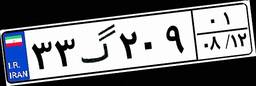
۳۳گ۲۰۹۰۱